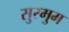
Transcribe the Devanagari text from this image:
सुरमुम